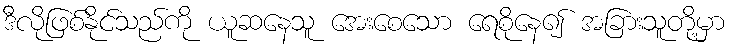
ဒီလိုဖြစ်နိုင်သည်ကို ယူဆနေသူ အေးစေသော ရေစိုနေ၍ အခြားသူတို့မှာ